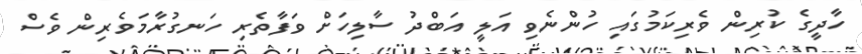
ހާދީގެ ކުރިން ވެރިކަމުގައި ހުންނެވި އަލީ އަބްދު ސާލިހަށް ވަފާތެރި ހަނގުރާމަވެރިން ވެސް